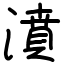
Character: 濆